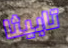
تابيثا